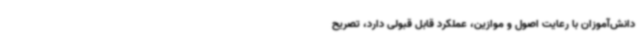
دانش‌آموزان با رعایت اصول و موازین، عملکرد قابل قبولی دارد، تصریح